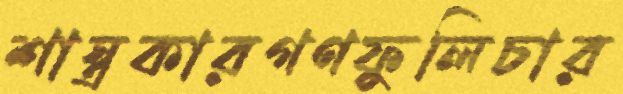
শাস্ত্রকারগণফুলিচার